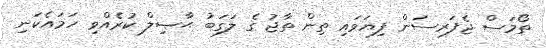
ތޯމަސް ޖެފަރސަން ފިޔަވައި ތިން ތާޖު ގެ ލަގަބު ޙާޞިލް ކުރެއްވި ހަމައެކަނި